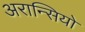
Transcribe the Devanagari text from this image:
अरान्सियो